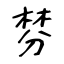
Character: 棼